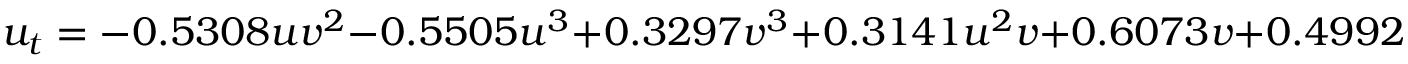
u _ { t } = - 0 . 5 3 0 8 u v ^ { 2 } - 0 . 5 5 0 5 u ^ { 3 } + 0 . 3 2 9 7 v ^ { 3 } + 0 . 3 1 4 1 u ^ { 2 } v + 0 . 6 0 7 3 v + 0 . 4 9 9 2 u - 0 . 3 7 7 5 u ^ { 2 } v u _ { x } - 0 . 1 7 9 0 u ^ { 3 } u _ { x } + 0 . 2 0 0 9 u v ^ { 2 } u _ { y } - 0 . 2 9 0 8 u v ^ { 2 } v _ { x } - 0 . 0 9 3 4 u ^ { 2 } v v _ { x } + 0 . 2 0 5 6 v ^ { 3 } v _ { y } + 0 . 1 3 1 5 u v ^ { 2 } v _ { y }